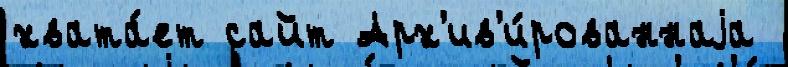
хвата́ет сайт Арх'ив'и́рованнаjа